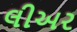
લીઅર